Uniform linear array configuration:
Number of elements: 16
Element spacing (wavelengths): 0.25
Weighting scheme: blackman
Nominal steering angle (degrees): -45
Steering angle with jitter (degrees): -44.884
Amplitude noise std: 0.05
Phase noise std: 0.05

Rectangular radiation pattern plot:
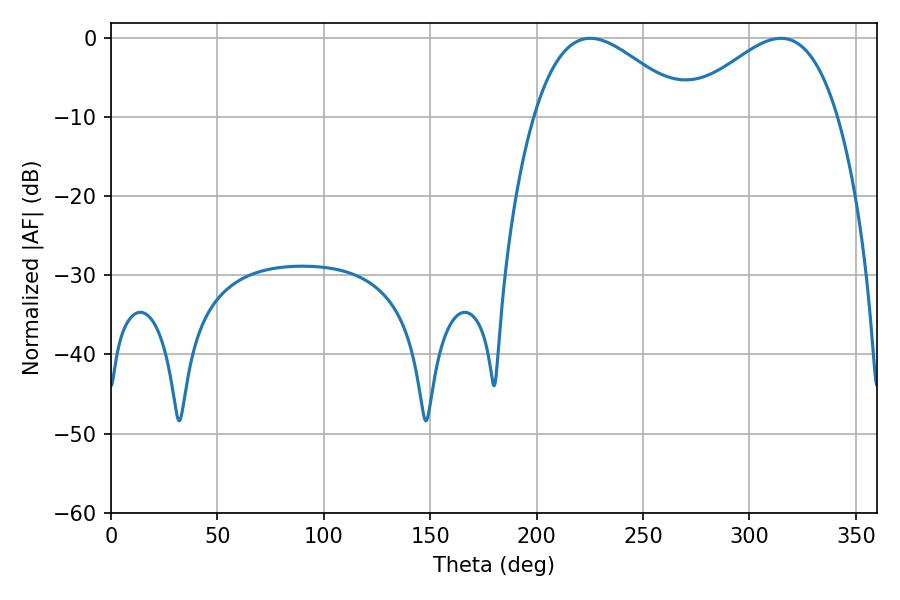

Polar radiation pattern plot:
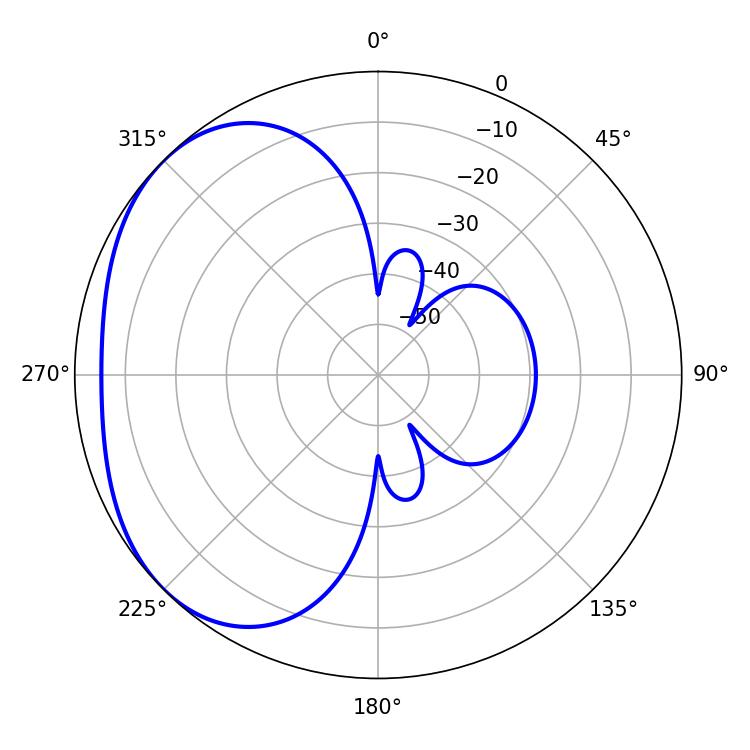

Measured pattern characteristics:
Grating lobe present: FALSE
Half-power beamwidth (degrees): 39.06
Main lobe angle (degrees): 225.18